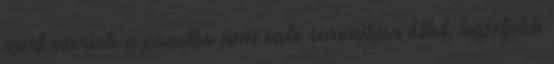
mert szerinte a panelba nem való semmilyen állat, legfeljebb